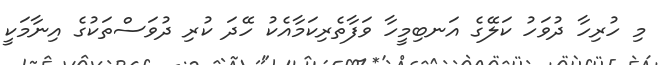
މި ހުރިހާ ދުވަހު ކަލޭގެ އަނބިމީހާ ވަފާތެރިކަމާއެކު ހޭދަ ކުރި ދުވަސްތަކުގެ އިނާމަކީ